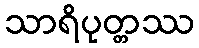
သာရိပုတ္တဿ